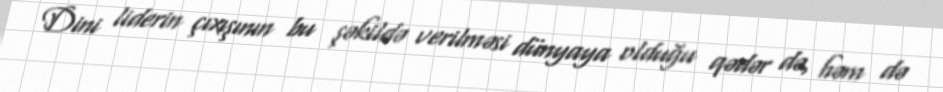
Dini liderin çıxışının bu şəkildə verilməsi dünyaya olduğu qədər də, həm də